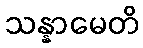
သန္နာမေတိ